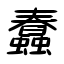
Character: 蠢